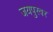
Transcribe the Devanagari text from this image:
जयपुरवर